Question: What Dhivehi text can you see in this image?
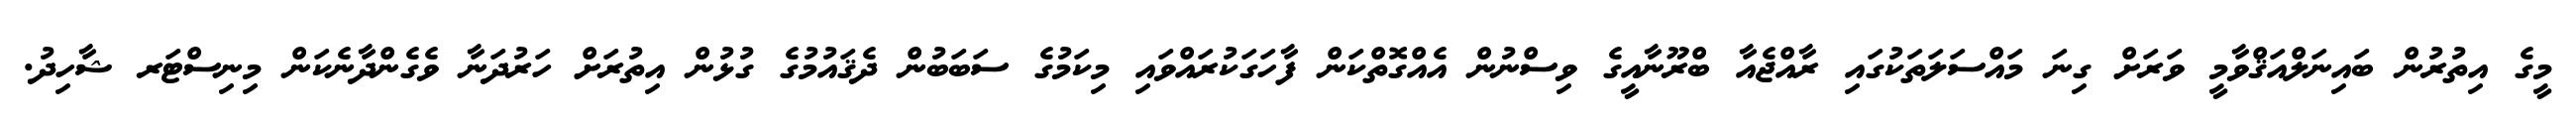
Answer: މީގެ އިތުރުން ބައިނަލްއަޤްވާމީ ވަރަށް ގިނަ މައްސަލަތަކުގައި ރާއްޖެއާ ބްރޫނާއީގެ ވިސްނުން އެއްގޮތްކަން ފާހަގަކުރައްވައި މިކަމުގެ ސަބަބުން ދެޤައުމުގެ ގުޅުން އިތުރަށް ހަރުދަނާ ވެގެންދާނެކަން މިނިސްޓަރ ޝާހިދު.